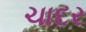
ચાદર